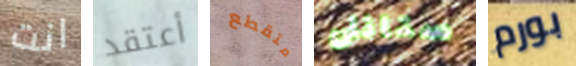
انت أعتقد متقطع ستانلى بورم